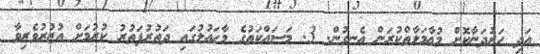
އަދި ހަރުދަނާކޮށް މުޢާމަލާތްކުރަން އެނގުން. 3. މަސައްކަތުގެ މާހައުލުގައި ދަތުރުފަތުރު ކުރުމަށް އުޒުރުވެރިވާ